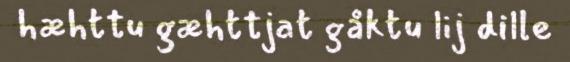
hæhttu gæhttjat gåktu lij dille